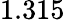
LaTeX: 1.315